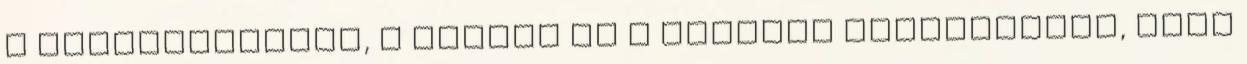
a tojássárgákat, a cukrot és a reszelt citromhéjat, majd